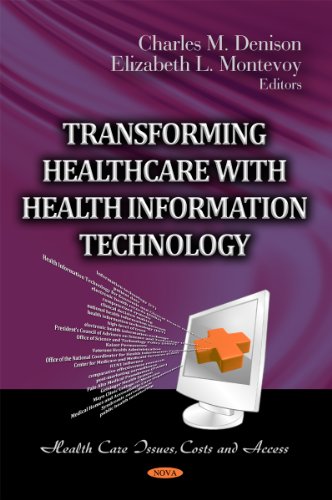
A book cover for Transforming Healthcare With Health Information Technology (Health Care Issues, Costs and Access); Medical Books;